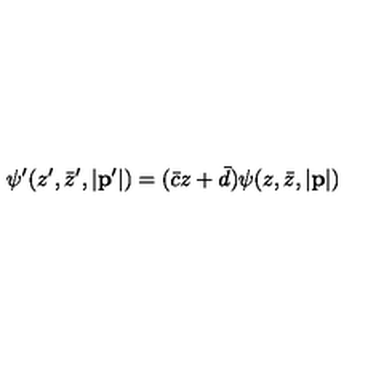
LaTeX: \psi ^ { \prime } ( z ^ { \prime } , \bar { z } ^ { \prime } , | { \bf p } ^ { \prime } | ) = ( \bar { c } z + \bar { d } ) \psi ( z , \bar { z } , | { \bf p } | )